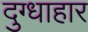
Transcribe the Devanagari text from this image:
दुग्धाहार